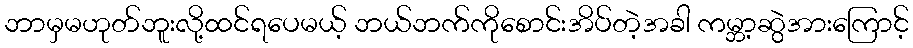
ဘာမှမဟုတ်ဘူးလို့ထင်ရပေမယ့် ဘယ်ဘက်ကိုစောင်းအိပ်တဲ့အခါ ကမ္ဘာ့ဆွဲအားကြောင့်